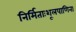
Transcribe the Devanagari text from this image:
निर्मिताःशूलपाणिना